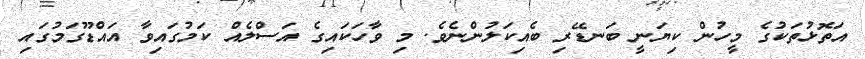
އަތޮޅުތަކުގެ މީހުން ކިޔަނީ ބަނޑޭރި ބެއިކަލުންނެވެ. މި ވާހަކައިގެ އަސްލެއް ކަމުގައިވާ އައްޑޫގަމުގައި